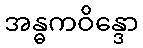
အန္ဓကဝိန္ဒော